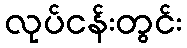
လုပ်ငန်းတွင်း